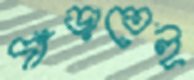
দাঁড়াতেই